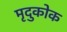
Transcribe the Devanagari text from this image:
मृदुकोक